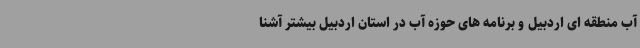
آب منطقه ای اردبیل و برنامه های حوزه آب در استان اردبیل بیشتر آشنا